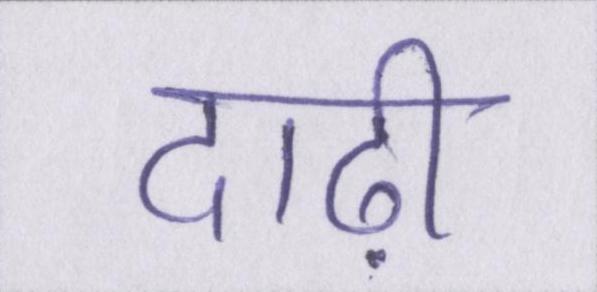
दाढ़ी